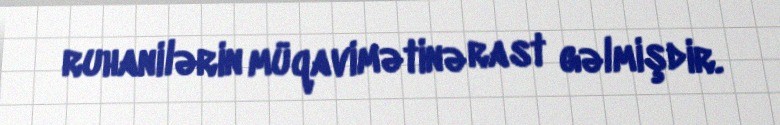
ruhanilərin müqavimətinə rast gəlmişdir.